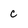
Character: c